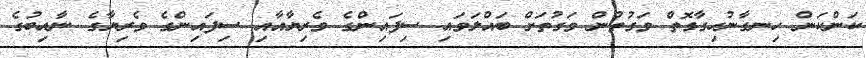
ކަންކަން ހިނގާނުހިގާގޮތް ވަގުތުން ވަގުތަށް ބައްލަވައި ސިފައިންގެ ވެރިޔާއާއި ސިފައިންގެ ވެރިޔާގެ ނާއިބުގެ